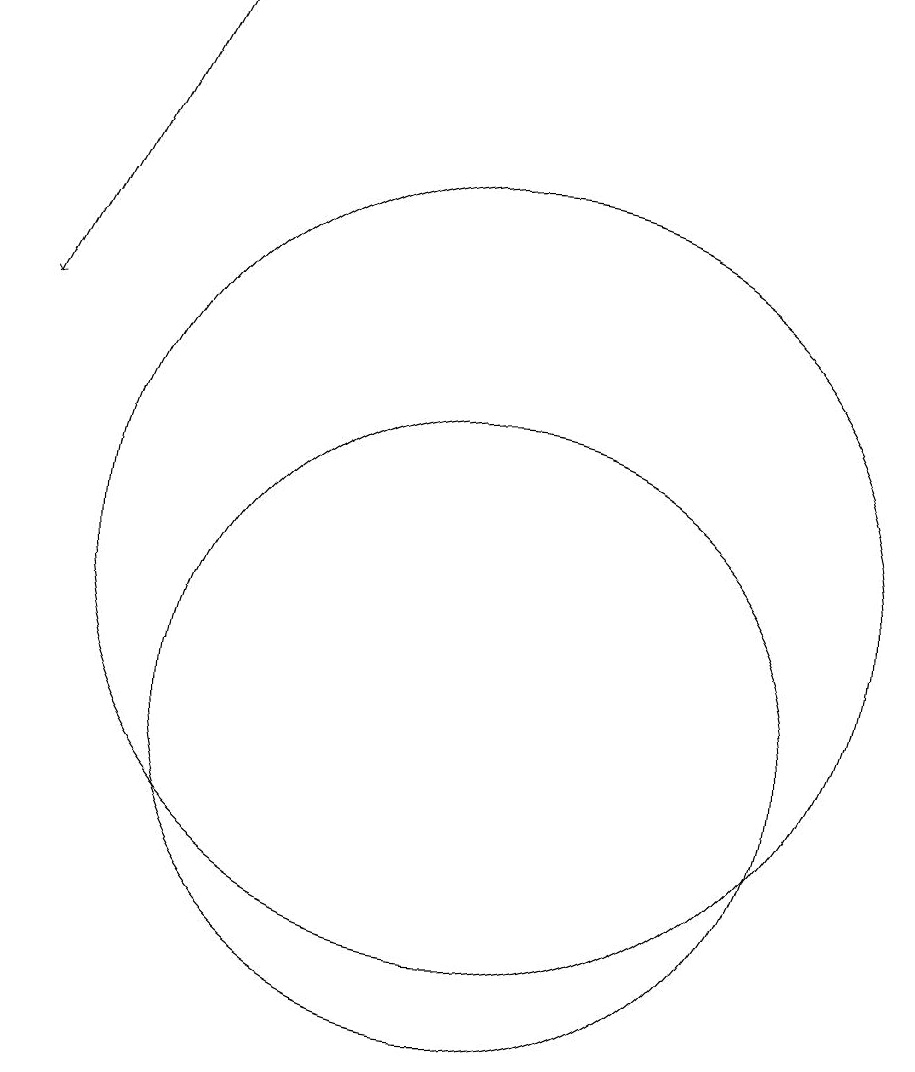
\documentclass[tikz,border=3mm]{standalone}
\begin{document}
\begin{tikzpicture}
\draw (11,10) circle (4);
\draw (11,12) circle (5);
\draw[->] (7,19) -- (5,15);
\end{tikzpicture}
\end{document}